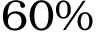
6 0 \%